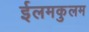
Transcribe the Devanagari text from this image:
ईलमकुलम